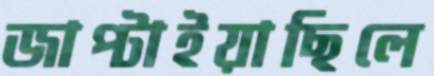
জাপ্‌টাইয়াছিলে